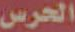
الحرس